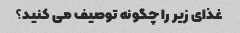
غذای زیر را چگونه توصیف می کنید؟